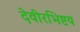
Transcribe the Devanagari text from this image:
देवीरभिष्टय